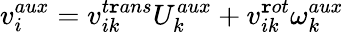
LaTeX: v_{i}^{aux}=v_{ik}^{t\mathtt{r}ans}U_{k}^{aux}+v_{ik}^{\mathtt{r}ot}\omega_{k}^{aux}